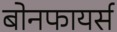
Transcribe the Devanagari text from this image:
बोनफायर्स